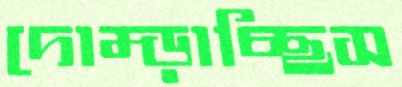
দোম্‌ড়াচ্ছিস